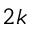
2 k